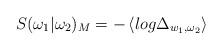
LaTeX: \begin{align*}S(\omega _{1}|\omega _{2})_{M}=-\left\langle log\Delta _{w_{1},\omega_{2}}\right\rangle\end{align*}